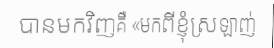
បានមកវិញគឺ «មកពីខ្ញុំស្រឡាញ់